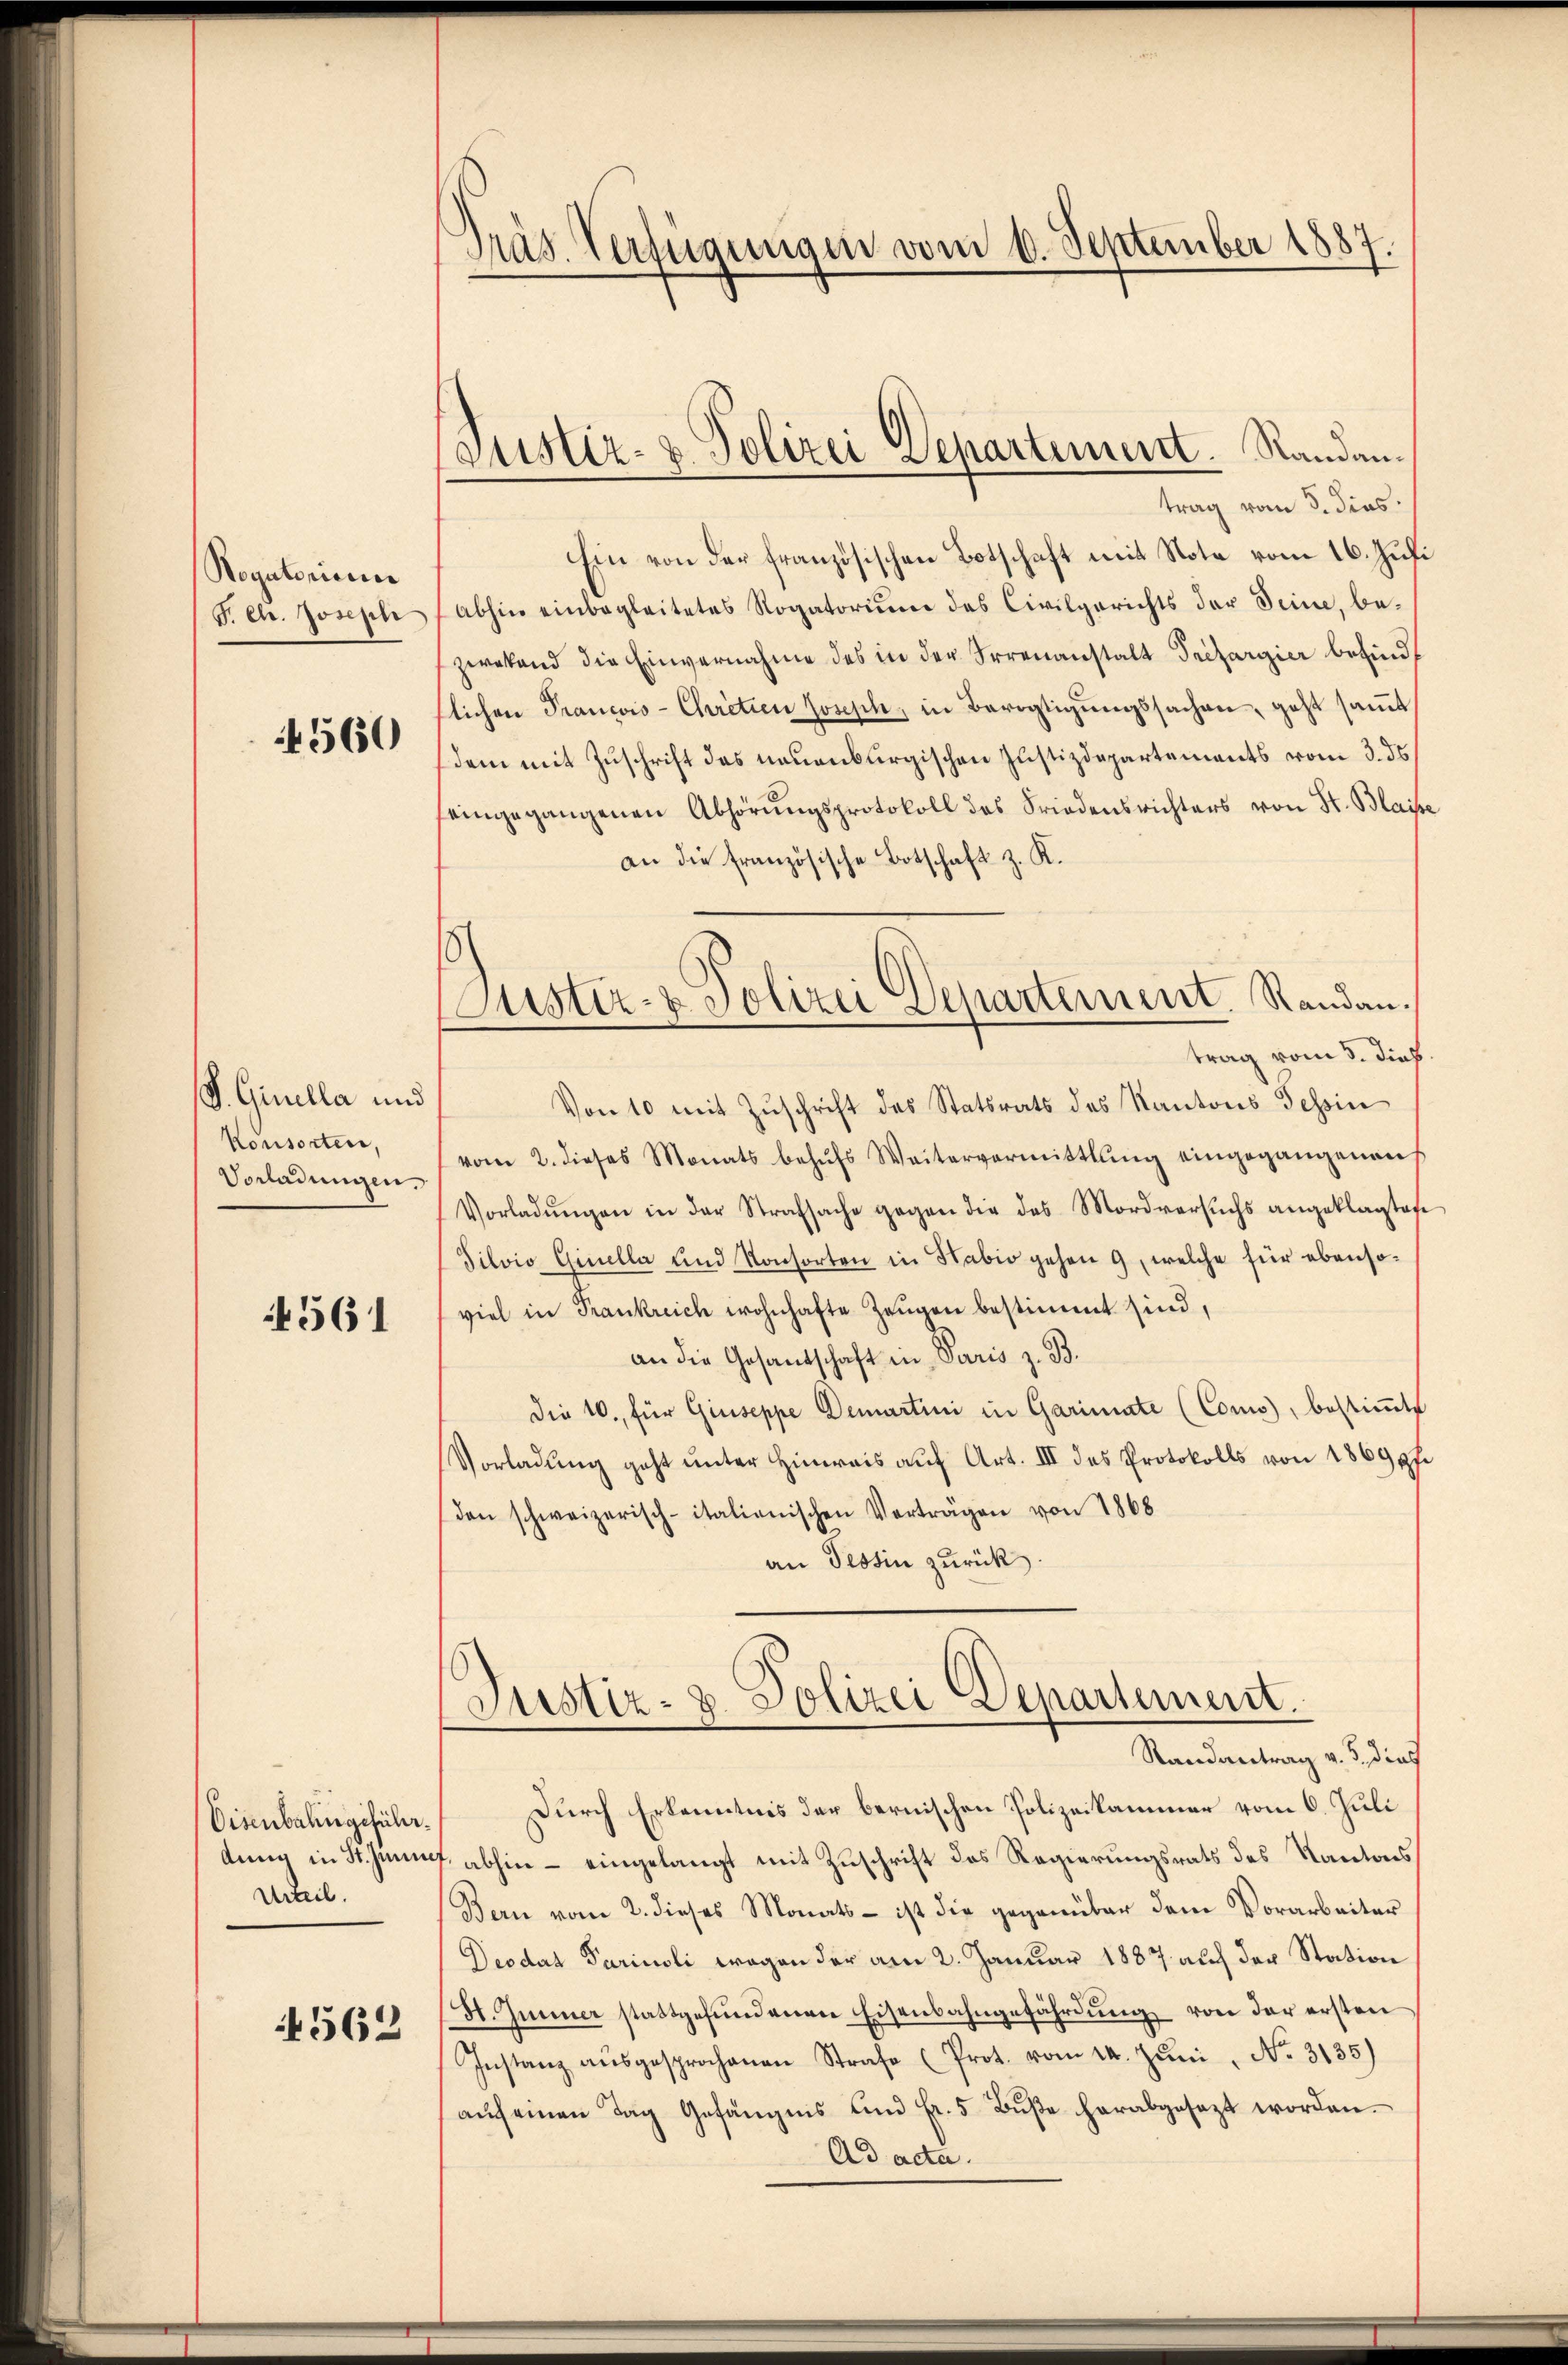
Rogatorium
Pech. Joseph

560

S. Gisella und
Konsorten,
Vorladungen

561

Eisenbahngeführ.
dung in St. Jenn
Urteil.
4562

Präs. Verfügungen vom 6. September 1887

Justiz- & Polizei Departement. Randan¬

trag vom 8. dies
Ein von der französischen Botschaft mit Note vom 16. Jusi
abhin einbegleitetes Rogatorium das Civilgerichts der Seine, bezwekend die Einvernahme des in der Irrenanstalt Trefargier besind,
lichen Francois-Chretien Joseph, in Bevogtigungssachen, geht samt
dem mit Zuschrift des neuenburgischen Justizdepartements vom 3. ds.
seingegangenen Abhörungsprotokoll des Friedensrichters von St. Blaise
an die französische Botschaft z. K.
trag vom 3. dies
Von 10 mit Zŭschrift des Statsrats des Kantons Tessin
vom 2. dieses Monats behŭfs Weitervermittlung eingegangenen
Vorladŭngen in der Strafsache gegen die das Mordversŭchs angeklagten
Silvio Ginella und Konsorten in Stabio gehen 9, welche für ebensoviel in Frankreich wohnhafte Zeugen bestimmt sind,
an die Gesandschaft in Paris z. B.
die 10. für Giuseppe Demartini in Garimate (Coms, bestimmte
Vorladŭng geht unter Hinreis aŭf Art. III des Protokolls von 1869 ff.
den schweizerisch-italienischen Verträgen von 1868
an Tessin zurück.
Justiz- & Polizei Departement.
Randantrag v. 3., dies
Durch Erkenntnis der bernischen Polizeikammer vom 6. Juli
 abhin - eingelangt mit Zuschrift des Regierungsrats des Kantons
Bern vom 2. dieses Monats - ist die gegenüber dem Vorarbeiter
Deodat Parinsli wegen der am 2. Januar 1887 auf der Station
St. Jenner stattgefundenen Eisenbahngefährdung von der ersten
Instanz aŭsgesprochenen Strafe (Prot. vom 14. Jŭni No. 3135)
aŭf einen Tag Gefängnis und Fr. 5. Bŭβe herabgesezt worden.
Ad acta.

Justiz- & Polizei Departement. Randau.